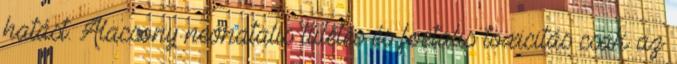
hatást. Alacsony neonatalis túlélés és foetalis toxicitás csak az